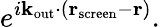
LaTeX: e^{i\mathbf{k}_{\mathrm{out}}\cdot\left(\mathbf{r}_{\mathrm{screen}}-\mathbf{r}\right)}.